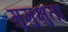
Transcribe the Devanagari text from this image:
मुमुक्षुता